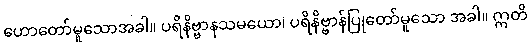
ဟောတော်မူသောအခါ။ ပရိနိဗ္ဗာနသမယော၊ ပရိနိဗ္ဗာန်ပြုတော်မူသော အခါ။ ဣတိ